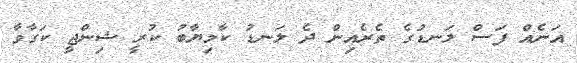
އަނެއް ފަސް ލަނޑުގެ ތެރެއިން ދެ ލަނޑު ކާމިޔާބު ކުރީ ޝިންޖީ ކަގާވާ